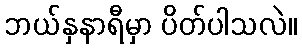
ဘယ်နှနာရီမှာ ပိတ်ပါသလဲ။